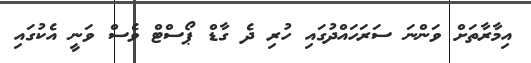
އިމާރާތަށް ވަންނަ ސަރަހައްދުގައި ހުރި ދެ ގާޑް ޕޯސްޓް ވެސް ވަނީ އެކުގައި